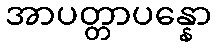
အာပတ္တာပန္နော